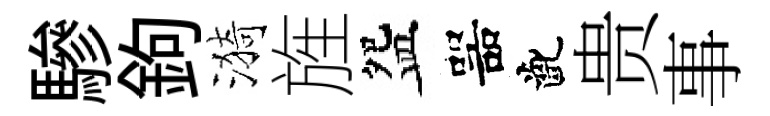
驂鉤漪旌盌噐齔贵事